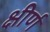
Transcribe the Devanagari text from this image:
क्षीर्ण